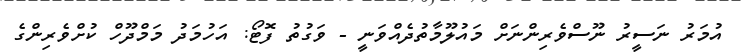
އުމަރު ނަސީރު ނޫސްވެރިންނަށް މައުލޫމާތުދެއްވަނީ - ވަގުތު ފޮޓޯ: އަހުމަދު މަމްދޫހް ކުށްވެރިންގެ